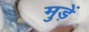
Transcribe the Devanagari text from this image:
मुड़ें